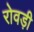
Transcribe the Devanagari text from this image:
रोवड़ी